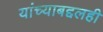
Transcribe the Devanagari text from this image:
यांच्याबद्दलही